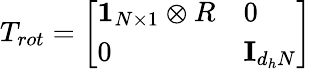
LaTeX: T_{rot}=\left[\begin{array}{ll}{\mathbf{1}_{N\times 1}\otimes R}&{0}\\ {0}&{\mathbf{I}_{d_{h}N}}\end{array}\right]